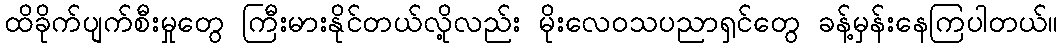
ထိခိုက်ပျက်စီးမှုတွေ ကြီးမားနိုင်တယ်လို့လည်း မိုးလေဝသပညာရှင်တွေ ခန့်မှန်းနေကြပါတယ်။